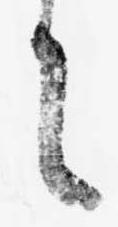
に